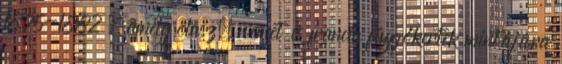
1875-1882 , amely olasz, német és francia függőkertek mintájára